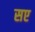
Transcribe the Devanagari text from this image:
सए